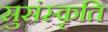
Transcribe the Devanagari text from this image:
सुसंस्कृति